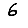
Digit: 6